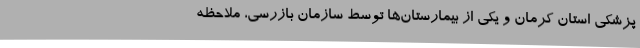
پزشکی استان کرمان و یکی از بیمارستان‌ها توسط سازمان بازرسی، ملاحظه